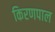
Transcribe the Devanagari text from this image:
किरणपाल